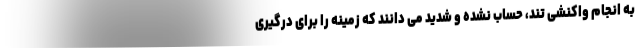
به انجام واکنشی تند، حساب نشده و شدید می دانند که زمینه را برای درگیری